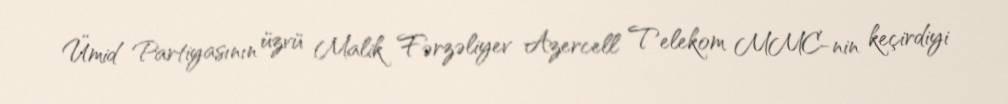
Ümid Partiyasının üzvü Malik Fərzəliyev Azercell Telekom MMC-nin keçirdiyi